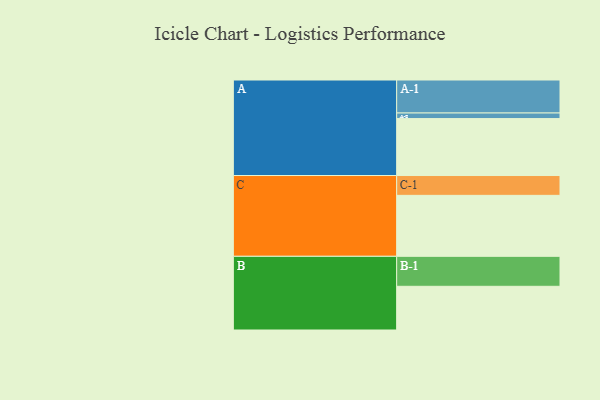
{"axis": {"x": "Segment", "y": "Value"}, "legend": ["", "A", "B", "C"], "data": [{"x": "A", "y": 511, "type": ""}, {"x": "B", "y": 392, "type": ""}, {"x": "C", "y": 547, "type": ""}, {"x": "A-1", "y": 296, "type": "A"}, {"x": "A-2", "y": 50, "type": "A"}, {"x": "B-1", "y": 269, "type": "B"}, {"x": "C-1", "y": 178, "type": "C"}]}